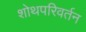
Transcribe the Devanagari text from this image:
शोथपरिवर्तन